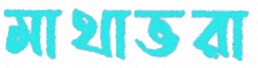
মাথাভরা